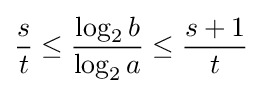
{\frac {s}{t}}\leq {\frac {\log _{2}b}{\log _{2}a}}\leq {\frac {s+1}{t}}